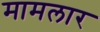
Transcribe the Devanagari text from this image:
मामलार